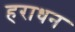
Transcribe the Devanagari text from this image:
हराधन